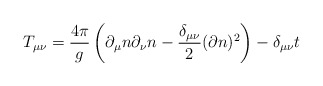
\begin{align*}T_{\mu\nu} = \frac{4\pi}{g} \left(\partial_{\mu} n \partial_{\nu} n - \frac{\delta_{\mu\nu}}{2}( \partial n)^2 \right) - \delta_{\mu\nu} t\end{align*}